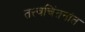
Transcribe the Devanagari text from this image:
तत्त्वचिंतनांत